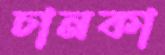
চানকা